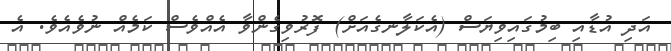
އަދި އުޑާއި ބިމުގައިވިޔަސް (އެކަލާނގެއަށް) ފޮރުވިގެންވާ އެއްވެސް ކަމެއް ނުވެއެވެ. އެ